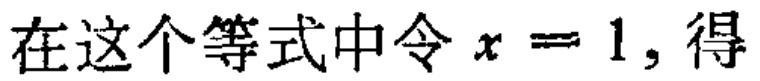
在这个等式中令 \(x = 1\), 得